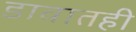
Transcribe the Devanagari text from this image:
डावातही